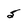
Character: 5